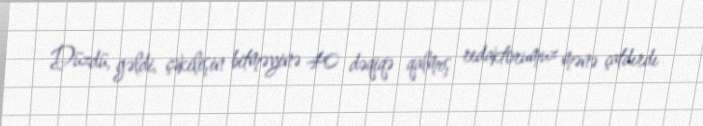
Düzdü, gəldi, çəkilişin bitməyinə 40 dəqiqə qalmış redaktorumuz mənə çatdırdı